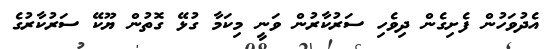
އެދުވަހުން ފެށިގެން ދިވެހި ސަރުކާރުން ވަނީ މިކަމާ ގުޅޭ ގޮތުން ޔޫކޭ ސަރުކާރުގެ